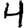
Digit: 4